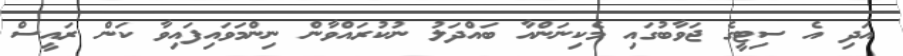
އަދި އެ ސިޓީގެ ޖަވާބުގައި މެކިނަންއާ ބައްދަލު ނުކުރައްވާން ނިންމަވައިފައިވާ ކަން ރައީސް